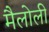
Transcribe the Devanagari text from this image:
मैलोली